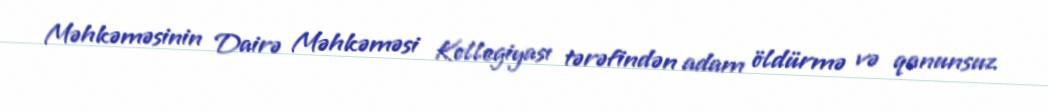
Məhkəməsinin Dairə Məhkəməsi Kollegiyası tərəfindən adam öldürmə və qanunsuz